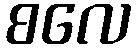
စလေ